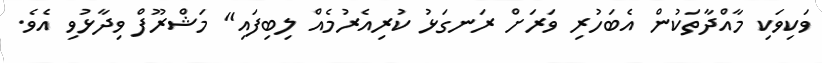
ވަކިވަކި މާއްދާތަކުން އެބަހުރި ވަރަށް ރަނގަޅު ކުރިއެރުމެއް ލިބިފައި" މަޝްރޫފް ވިދާޅުވި އެވެ.